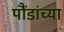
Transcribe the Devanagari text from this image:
पौंडांच्या